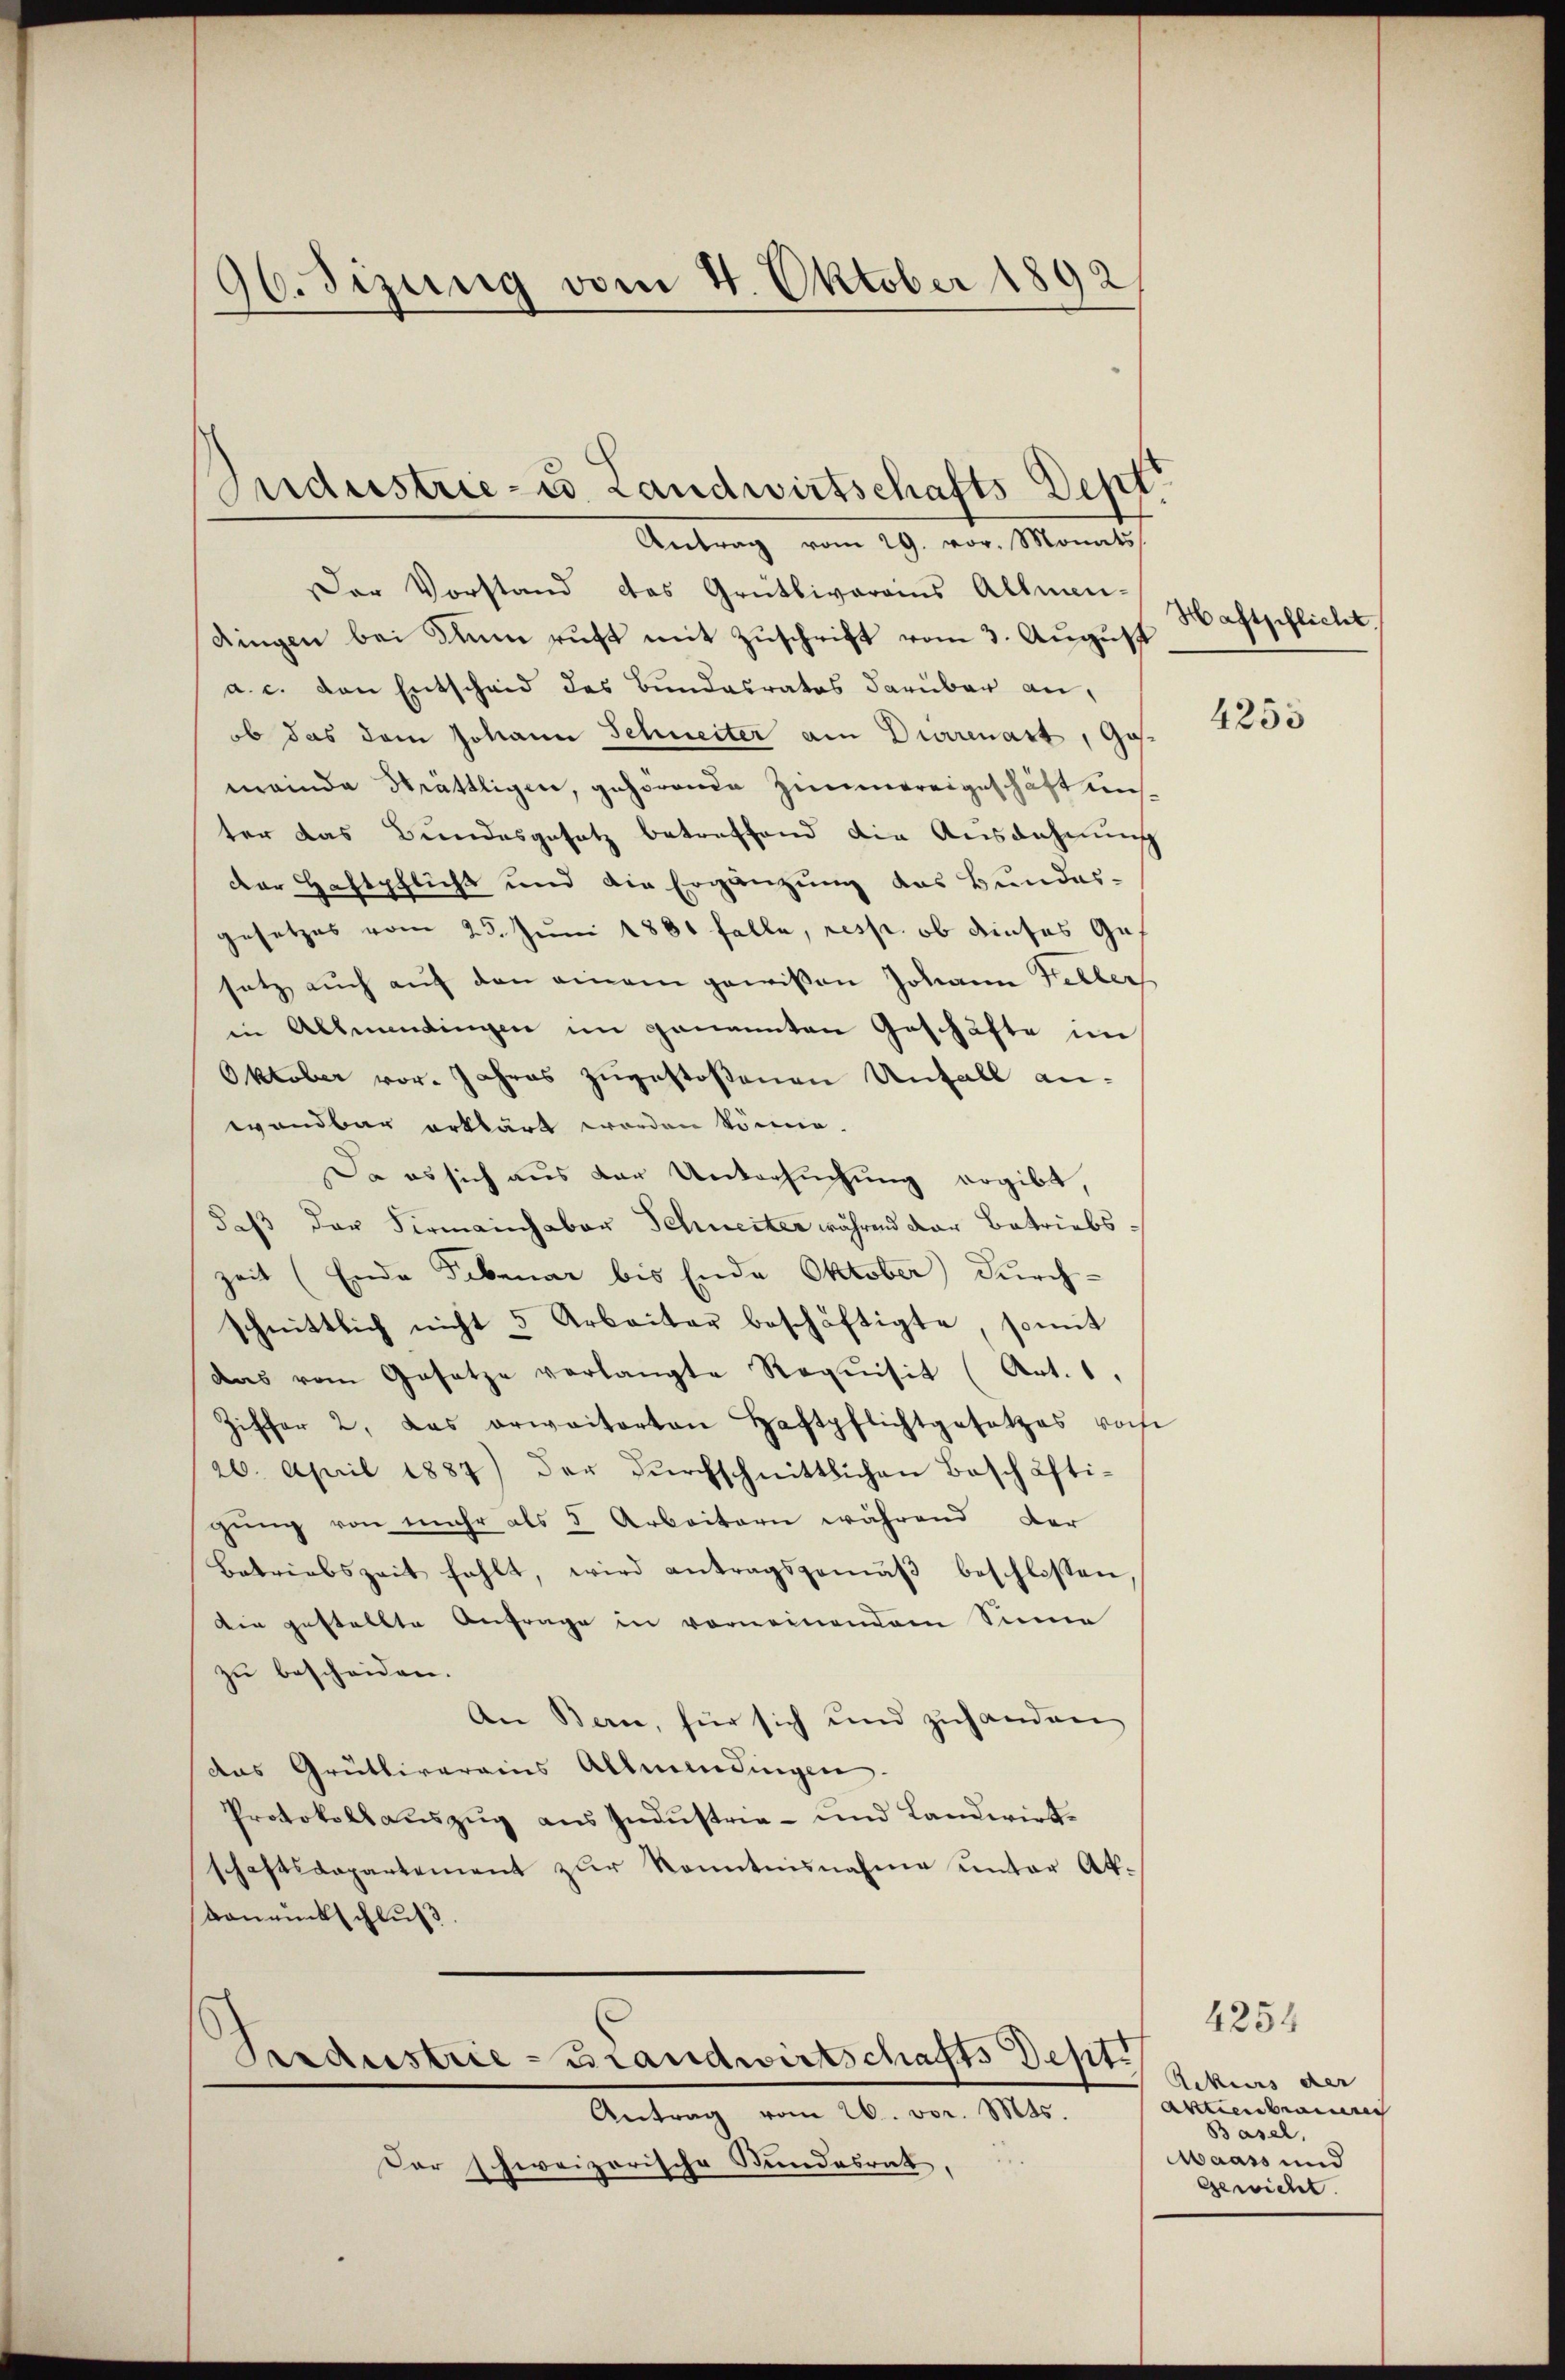
96. Sizung vom 4. Oktober 1892

Der Vorstand das Grütliverains Allmen-
Dingen bei dann ruft mit Zuschrift vom 3. August
a. c. den Entscheid des Bundesratos darüber an,
ob das dem Johann Schneiter am Durrenart, Go
meinde Sträthligen, gehörende Zimmereigeschäft uns
ter das Bundesgesetz betreffend die Ausdehnung
Der Haftpflicht und die Ergänzung das Bundes-
gesetzes vom 25. Juni 1881 falle, resp. ob dieses Ges
satz auch auf den einem gewißen Johann Feller
in Allmendingen im genannten Geschäfte im
Oktober vor. Jahres zugestoßenen Unfall anwandbar erklärt worden könne.
Da es sich aus der Untersuchung ergibt,
daß der Firmainhaber Schneiter während der Betriebs
zeit (Ende Februar bis Ende Oktober durch-
schnittlich nicht 5 Arbeiter beschäftigte, somit
das vom Gesetze verlangte Requisit (Art. 1,
Ziffer 2, das erwaitorten Haftpflichtgesetzes vorh
26. April 1884) der dŭrchschnittlichen Beschäftigung von mehr als 5 Arbeitern während der
Betriebszeit fehlt, wird antragsgemäβ beschlossen
Die gestellte Anfrage in vorneinendem Sinne
zu bescheiden.
An Bern, für sich und zuhanden
das Grütliverains Allmendingen.
Protokollauszug aus Industria- und Landwirt-
schaftsdepartement zur Kenntnisnahme unter Akkonamtschluß

Industrie- u. Landwirtschafts Sept
Antrag vom 29. vor. Monats

Gerdustrie-Brandwirtschafts Best
Antrag vom 26. vor. Mts.

Der schweizerische Bundesrat

Haftpflicht.

4253

4254
Rekurs der
Aktienbrau
Basel,
Maass und
Gewicht